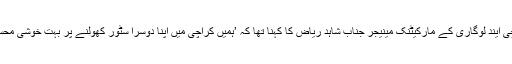
اس موقع پر کانچی ایند لوگاری کے مارکیٹنک مینیجر جناب شاہد ریاض کا کہنا تھا کہ ’ہمیں کراچی میں اپنا دوسرا سٹور کھولنے پر بہت خوشی محسوس ہورہی ہے۔